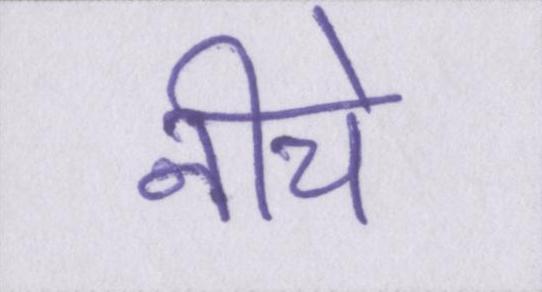
नीचे